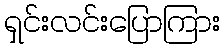
ရှင်းလင်းပြောကြား